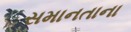
સમાનતાના